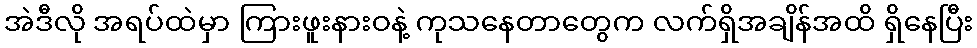
အဲဒီလို အရပ်ထဲမှာ ကြားဖူးနားဝနဲ့ ကုသနေတာတွေက လက်ရှိအချိန်အထိ ရှိနေပြီး